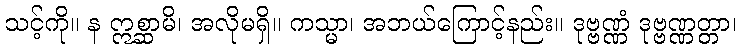
သင့်ကို။ န ဣစ္ဆာမိ၊ အလိုမရှိ။ ကသ္မာ၊ အဘယ်ကြောင့်နည်း။ ဒုဗ္ဗဏ္ဏံ ဒုဗ္ဗဏ္ဏတ္တာ၊